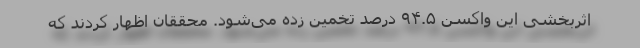
اثربخشی این واکسن ۹۴.۵ درصد تخمین زده می‌شود. محققان اظهار کردند که